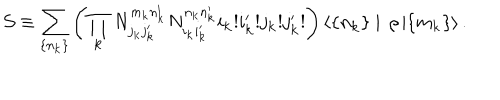
{ \cal S } \equiv \sum _ { \{ n _ { \bf k } \} } \left( \prod _ { \bf k } N _ { j _ { \bf k } j _ { \bf k } ^ { \prime } } ^ { m _ { \bf k } n _ { \bf k } ^ { \prime } } N _ { i _ { \bf k } i _ { \bf k } ^ { \prime } } ^ { n _ { \bf k } n _ { \bf k } ^ { \prime } } i _ { \bf k } ! i _ { \bf k } ^ { \prime } ! j _ { \bf k } ! j _ { \bf k } ^ { \prime } ! \right) \langle \{ n _ { \bf k } \} \mid \, \rho \, | \{ m _ { \bf k } \} \rangle \, .